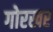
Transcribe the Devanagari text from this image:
गोरखर